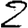
Digit: 2